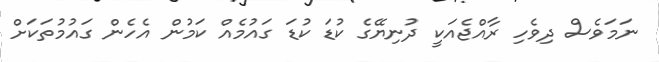
ނަމަވެސް ދިވެހި ރާއްޖެއަކީ ދުނިޔޭގެ ކުޑަ ކުޑަ ގައުމެއް ކަމުން އެހެން ގައުމުތަކަށް